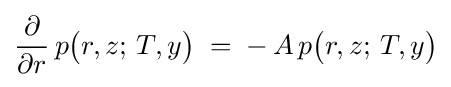
{\frac {\partial }{\partial r}}\,p{\bigl (}r,z;\,T,y{\bigr )}\;=\;-\,A\,p{\bigl (}r,z;\,T,y{\bigr )}